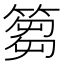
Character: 篘